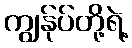
ကျွန်ုပ်တို့ရဲ့